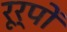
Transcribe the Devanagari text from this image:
रूर्पों